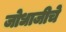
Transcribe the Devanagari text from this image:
जोधाजीचे